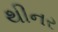
થીનર